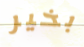
بخير